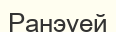
Ранэуей